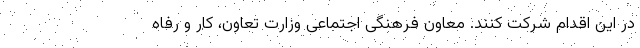
در این اقدام شرکت کنند. معاون فرهنگی اجتماعی وزارت تعاون، کار و رفاه